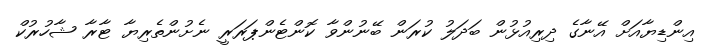
އިންޑިޔާއަށް އޭނާގެ ދިރިއުޅުން ބަދަލު ކުރަން ބޭނުންވާ ކޮންޓެންޕަރަރީ ނެށުންތެރިޔާ ޓާރާ ޝާހުރުކް